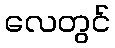
လေတွင်